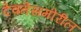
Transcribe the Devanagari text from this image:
देवतेसमोरील